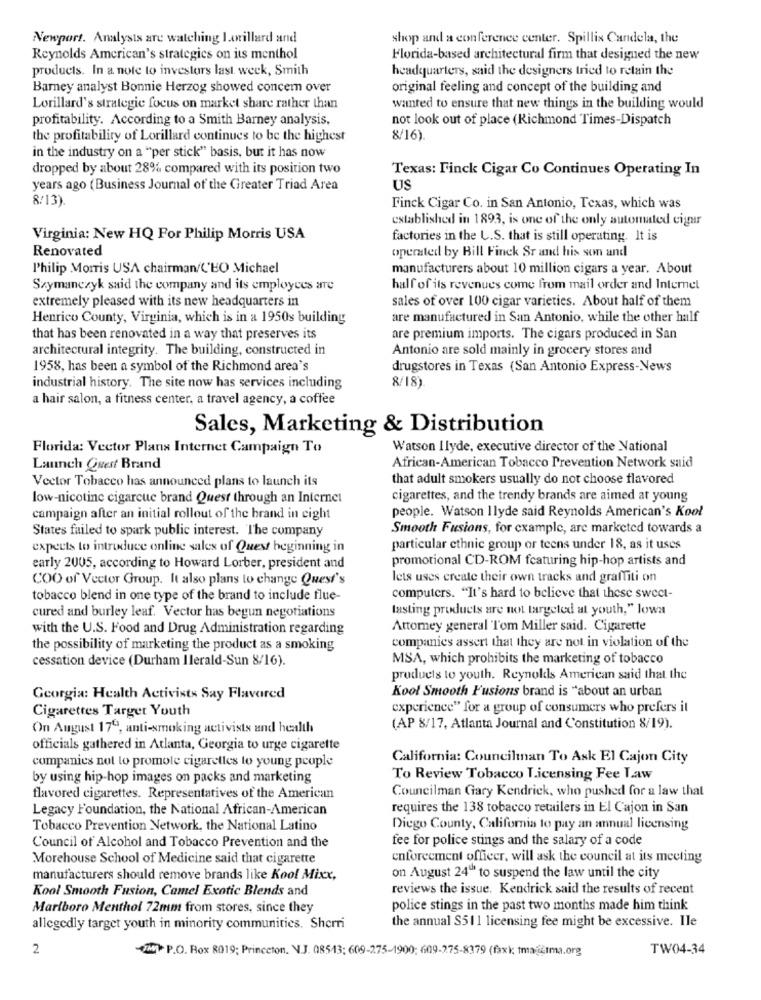
Newport. Analysts are watching Lorillard and
shop and a conference center. Spillis Candela, the
Reynolds American's strategies on its menthol
Florida-based architectural firm that designed the new
products. In a note to investors last week, Smith
headquarters, said the designers tried to retain the
Barney analyst Bonnie Herzog showed concem over
original feeling and concept of the building and
Lorillard's strategie focus on market share rather than
wanted to ensure that new things in the building would
profitability. According to a Smith Barney analysis,
not look out of place (Richmond Times-Dispatch
the profitability of Lorillard continues to be the highest
8/16)
in the industry on a "per stick" basis, but it has now
dropped by about 28% compared with its position two
Texas: Finck Cigar Co Continues Operating In
years ago (Business Journal of the Greater Triad Area
US
8/13).
Finck Cigar Co. in San Antonio, Texas, which was
established in 1893, is one of the only automated cigar
Virginia: New HQ For Philip Morris USA
factories in the U.S. that is still operating. It is
Renovated
operated by Bill Finck Sr and his son and
l'hilip Morris USA chairman/C'BO Michael
manufacturers about 10 million cigars a year. About
Szymanczyk said the company and its employees are
half of its revenues come from mail order and Internet
extremely pleased with its new headquarters in
sales of over 100 cigar varieties. About half of them
Henrico County, Virginia, which is in a 1950s building
are manufactured in San Antonio, while the other half
that has been renovated in a way that preserves its
are premium imports. The cigars produced in San
architectural integrity. The building, constructed in
Antonio are sold mainly in grocery stores and
1958, has been a symbol of the Richmond area's
drugstores in Texas (San Antonio Express-News
industrial history. The site now has services including
8/18)
a hair salon, a fitness center, a travel agency, a coffee
Sales, Marketing & Distribution
Florida: Vector Plans Internet Campaign To
Watson Ilyde, executive director of the National
Launch Quest Brand
African-American Tobacco Prevention Network said
Vector Tobacco has announced plans to launch its
that adult smokers usually do not choose flavored
low-nicotine cigarcuc brand Quest through an Internet
cigarettes, and the trendy brands are aimed at young
campaign after an initial rollout of the brand in eight
people. Watson Ilyde said Reynolds American's Kool
States failed to spark public interest. The company
Smooth Fusions, for example, are marketed towards a
expects to introduce online sales of Quest beginning in
particular ethnic group or teens under 18, as it uses
promotional CD-ROM featuring hip-hop artists and
early 2005, according to Howard Lorber, president and
COO of Vector Group. It also plans to change Quest's
lets uses create their own tracks and graffiti on
tobacco blend in one type of the brand to include flue-
computers. "It's hard to believe that these sweet-
tasting products are not targeted al youth," lowa
cured and burley leaf. Vector has begun negotiations
with the U.S. Food and Drug Administration regarding
Attorney general Tom Miller said. Cigarette
companies assert that they are not in violation of the
the possibility of marketing the product as a smoking
cessation device (Durham Ilerald-Sun 8/16).
MSA, which prohibits the marketing of tobacco
products to youth. Reynolds American said that the
Kool Smooth Fusions brand is "about an urban
Georgia: Health Activists Say Flavored
Cigarettes Targer Youth
experience" for a group of consumers who prefers it
On August 1799, anti-smoking activists and health
(AP 8/17, Atlanta Journal and Constitution 8/19).
officials gathered in Atlanta, Georgia to urge cigarette
California: Councilman To Ask El Cajon City
companies not to promote cigaretles to young people
by using hip-hop images on packs and marketing
To Review Tobacco Licensing Fee Law
Councilman Gary Kendrick, who pushed for a law that
flavored cigarettes. Representatives of the American
Legacy Foundation, the National African-American
requires the 138 tobacco retailers in El Cajon in San
Tobacco Prevention Network, the National Latino
Diego County, California to pay an annual licensing
fee for police stings and the salary of a code
Council of Alcohol and Tobacco Prevention and the
Morehouse School of Medicine said that cigarette
enforcement officer, will ask the council at its meeting
manufacturers should remove brands like Kool Mixx,
on August 24"" to suspend the law until the city
Kool Smooth Fusion, Camel Exotic Blends and
reviews the issue. Kendrick said the results of recent
Marlboro Menthol 72mm from stores, since they
police stings in the past two months made him think
allegedly target youth in minority communities. Sherri
the annual $511 licensing fee might be excessive. Ile
2
TM P.O. Box 8019; Princeton, N.J. 08543; 609-275-1900; 609-275-8379 (faxk tma-itma.org
TW04-34